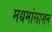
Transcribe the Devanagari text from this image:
मद्यमांसाशन